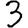
Digit: 3